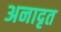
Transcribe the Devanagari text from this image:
अनादृत